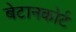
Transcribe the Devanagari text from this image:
बेटानकोर्ट